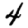
Digit: 4